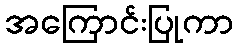
အကြောင်းပြုကာ